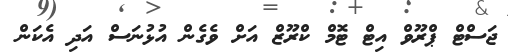
ޖަސްޓް ޕްރޫވް އިޓް ޓޮމް ކްރޫޒް އަށް ވެގެން އުޅުނަސް އަދި އެކަން